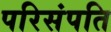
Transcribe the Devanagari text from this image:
परिसंपति